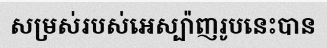
សម្រស់របស់អេស្ប៉ាញរូបនេះបាន